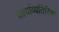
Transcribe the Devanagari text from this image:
पक्ष्यांव्यतिरिक्त